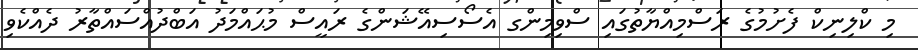
މި ކްލިނިކް ފެށުމުގެ ރަސްމިއްޔާތުގައި ސްވިމިންގ އެސޯސިއޭޝަންގެ ރައީސް މުޙައްމަދު އަބްދުއްސައްތާރު ދެއްކެވި